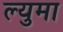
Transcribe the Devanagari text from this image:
ल्युमा